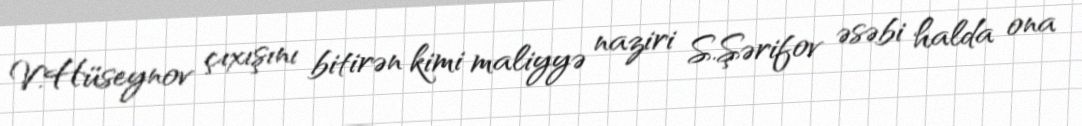
V.Hüseynov çıxışını bitirən kimi maliyyə naziri S.Şərifov əsəbi halda ona